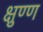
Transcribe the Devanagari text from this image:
क्षुण्ण